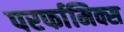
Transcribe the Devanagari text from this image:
परर्फामिक्स